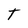
Character: t